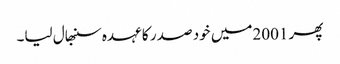
پھر 2001میں خود صد ر کا عہدہ سنبھال لیا۔